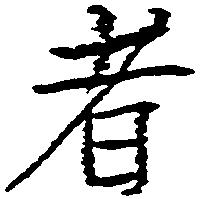
者